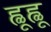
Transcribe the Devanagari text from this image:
ह्ळूह्ळू